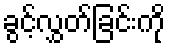
ခွင့်လွှတ်ခြင်းကို